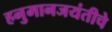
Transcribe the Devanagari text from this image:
हनुमानजयंतीचे